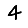
Digit: 4